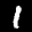
Label: 1